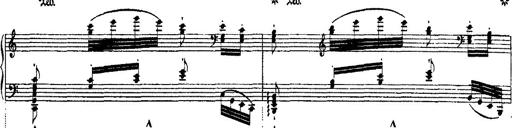
Title: Ã‰tudes d'exÃ©cution transcendante d'aprÃ¨s Paganini
Composer: Franz Liszt